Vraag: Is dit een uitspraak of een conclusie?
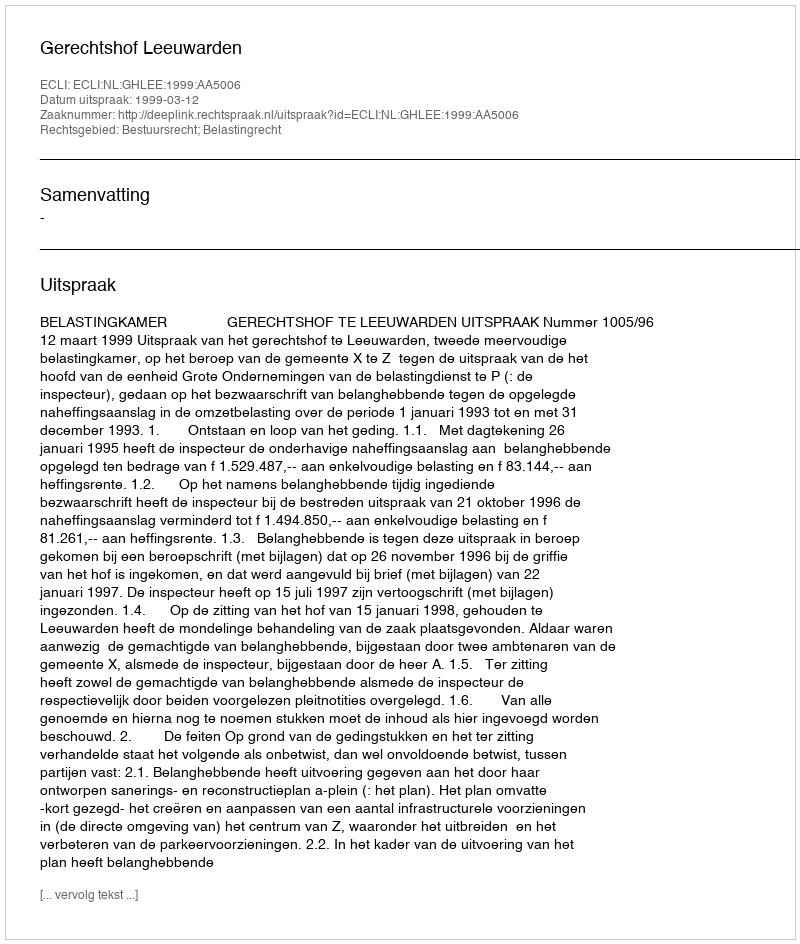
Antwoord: Uitspraak